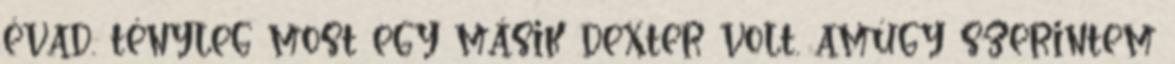
évad. tényleg most egy másik dexter volt. amúgy szerintem